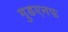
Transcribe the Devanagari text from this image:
गुडएनफ